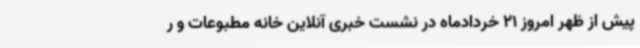
پیش از ظهر امروز 21 خردادماه در نشست خبری آنلاین خانه مطبوعات و ر